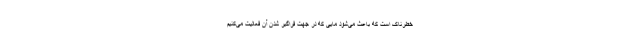
خطرناک است که باعث می‌شود مایی که در جهت فراگیر شدن آن فعالیت می‌کنیم